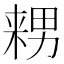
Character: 𱰺